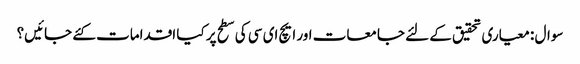
سوال : معیاری تحقیق کے لئے جامعات اور ایچ ای سی کی سطح پر کیا اقدامات کئے جائیں؟